Triennial report on the lunatic asylums in the province of Eastern Bengal and Assam - 1903-1911
Year: 1903
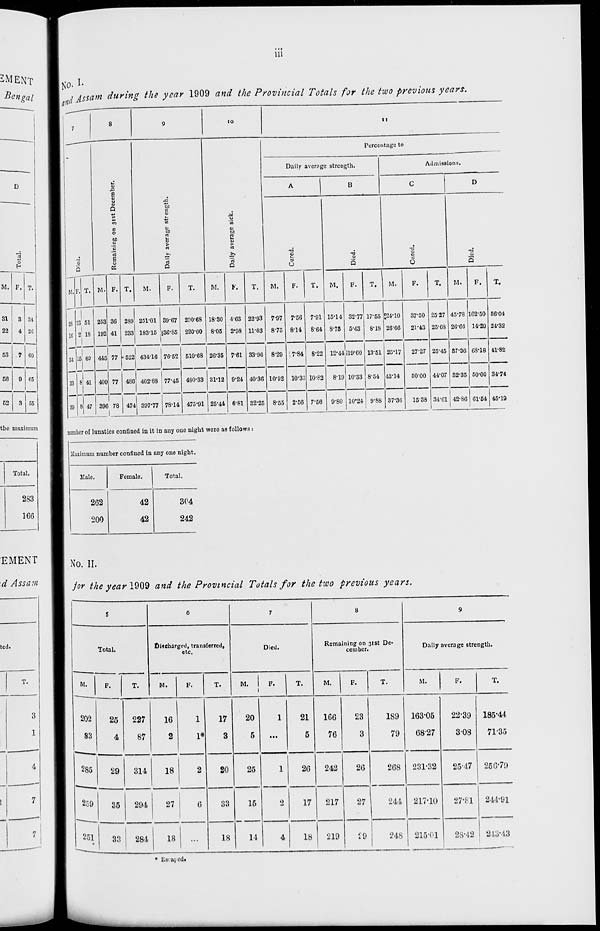
iii
No. I.
and Assam during the year 1909 and the Provincial Totals for the two previous years.
7
Died.
M.
38
16
54
33
39
F.
13
2
15
8
8
T.
51
18
69
41
47
8
Remaining on 31st December.
M.
253
192
445
409
396
F.
36
41
77
77
78
T.
289
233
522
486
474
9
Daily average strength.
M.
251.01
183.15
434.16
402.88
397.77
F.
39.67
36.85
76.52
77.45
78.14
T.
290.68
220.00
510.68
480.33
475.91
10
Daily average sick.
M.
18.30
8.05
26.35
31.12
25.44
F.
4.63
2.98
7.61
9.24
6.81
T.
22.93
11.03
33.96
40.36
32.25
11
Percentage to
Daily average strengths.
A
Cured.
M.
7.97
8.75
8.29
10.92
8.55
F.
7.56
8.14
7.84
10.33
2.56
T.
7.91
8.64
8.22
10.82
7.56
B
Died.
M.
15.14
8.75
12.44
8.19
9.80
F.
32.77
5.43
19.60
10.33
10.24
T.
17.55
8.18
13.51
8.54
9.88
Admissions.
C
Cured.
M.
24.10
26.66
25.17
43.14
37.36
F.
37.50
21.43
27.27
50.00
15.38
T.
25.27
25.68
25.45
44.07
34.61
D
Died.
M.
45.78
26.66
37.36
32.35
42.86
F.
162.50
14.29
68.18
50.00
61.54
T.
56.04
24.32
41.82
34.74
45.19
number of lunatics confined in it in any one night were as follows :
Maximum number confined in any one night.
Male.
262
200
Female.
42
42
Total.
304
242
No. II.
for the year 1909 and the Provincial Totals for the two previous years.
5
Total.
M.
202
83
285
259
251
F.
25
4
29
35
33
T.
227
87
314
294
284
6
Discharged, transferred,
etc.
M.
16
2
18
27
18
F.
1
1*
2
6
...
T.
17
3
20
33
18
7
Died.
M.
20
5
25
15
14
F.
1
...
1
2
4
T.
21
5
26
17
18
8
Remaining on 31st De-
cember.
M.
166
76
242
217
219
F.
23
3
26
27
29
T.
189
79
268
244
248
9
Daily average strength.
M.
163.05
68.27
231.32
217.10
215.01
F.
22.39
3.08
25.47
27.81
28.42
T.
185.44
71.35
256.79
244.91
243.43
* Escaped.